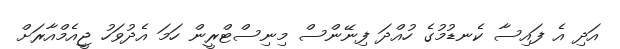
އަދި އެ ފައިސާ ކެނޑުމުގެ ހުއްދަ ފިނޭންސް މިނިސްޓްރީން ހަމަ އެދުވަހު ޖީއެމްއާރަށް